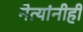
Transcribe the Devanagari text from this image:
नेत्यांनीही